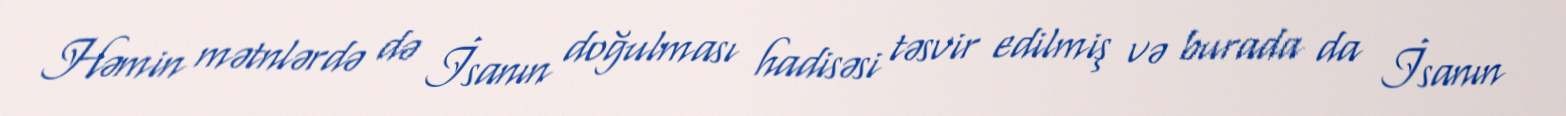
Həmin mətnlərdə də İsanın doğulması hadisəsi təsvir edilmiş və burada da İsanın